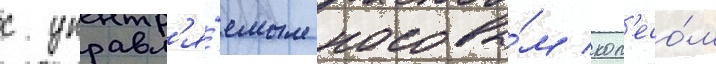
с управл'я́емым носовы́м кол'есо́м